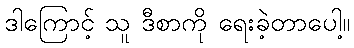
ဒါကြောင့် သူ ဒီစာကို ရေးခဲ့တာပေါ့။